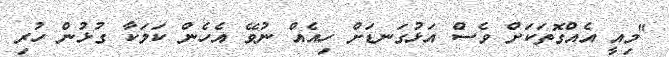
"މިއީ އެއްގޮތަކަށް ވެސް އަޅުގަނޑަށް ހިއެއް ނުވޭ އެހެން ކަމަކާ ގުޅުން ހުރި